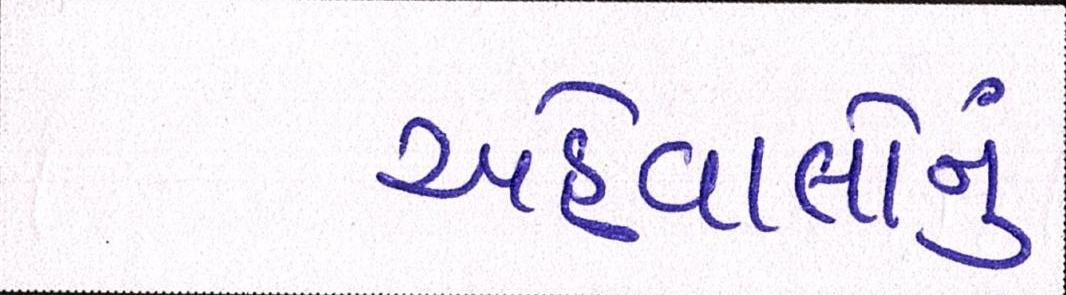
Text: અહેવાલોનું